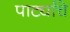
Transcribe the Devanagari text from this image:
पार्ट्यांचे